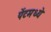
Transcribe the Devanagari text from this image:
पेंटमध्ये